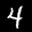
Label: 4